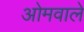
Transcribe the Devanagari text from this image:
ओमवाले